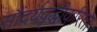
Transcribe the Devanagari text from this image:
सौंदर्यवॄद्धीकरिता